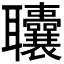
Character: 𫆓